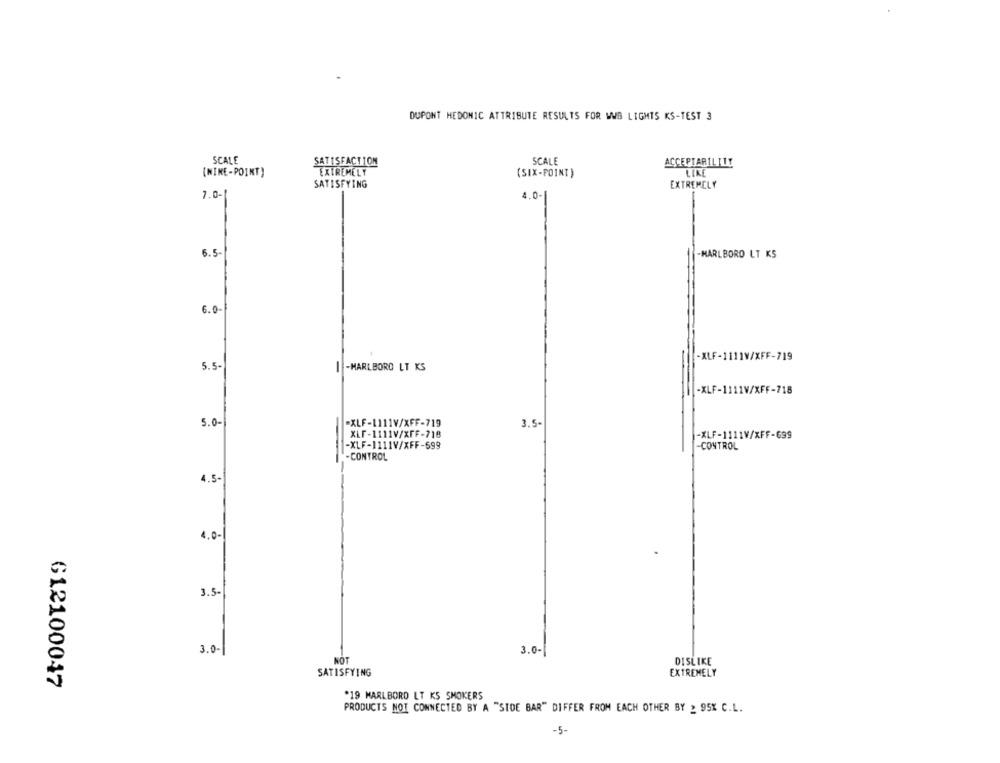
DUPONT HEDOMIC ATTRIBUTE RESULTS FOR WWB LIGHTS KS-TEST 3
SCALE
SATISFACTION
SCALE
ACCEPTARILITY
(NINE-POINT)
EXTREMELY
(SIX-POINT )
LIKE
SATISFYING
EXTREMELY
7.0-
4.0-|
6.5-
-MARLBORO LT KS
6.0-
-XLF-1111V/XFF-719
5.5-
I -MARLBORO LT KS
-XLF-1111V/XFF-718
5.0-
-XLF-1111V/XFF-719
3.5
XLF-1111V/XFF-718
-XLF-1111V/XFF-699
-XLF-1111V/XFF-699
-CONTROL
-CONTROL
4.5-
4.0-
3.5-
3.0-
3.0-
NOT
DISLIKE
SATISFYING
EXTREMELY
612100047
*19 MARLBORO LT KS SMOKERS
PRODUCTS NOT CONNECTED BY A "SIDE BAR" DIFFER FROM EACH OTHER BY : 95% C.L.
-5-